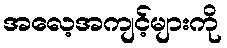
အလေ့အကျင့်များကို